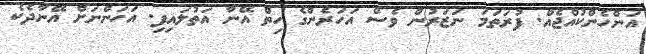
އަންހެންކުއްޖެއް. ފުރަތަމަ ނަޒަރުން ވެސް އަހަރެންގެ ހިތް އޭނާ އަތުލައިފި. އަހަންނަށް އޭނާދެކެ